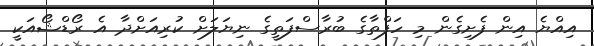
އިއްޔެ އިން ފެށިގެން މި ހަފްތާގެ ބުރާސްފަތީގެ ނިޔަލަށް ކުރިއަށްދާ އެ ރޯޑްޝޯއަކީ